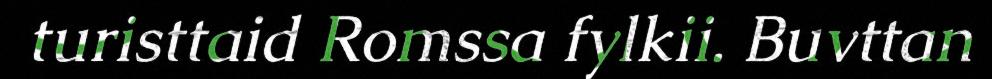
turisttaid Romssa fylkii. Buvttan